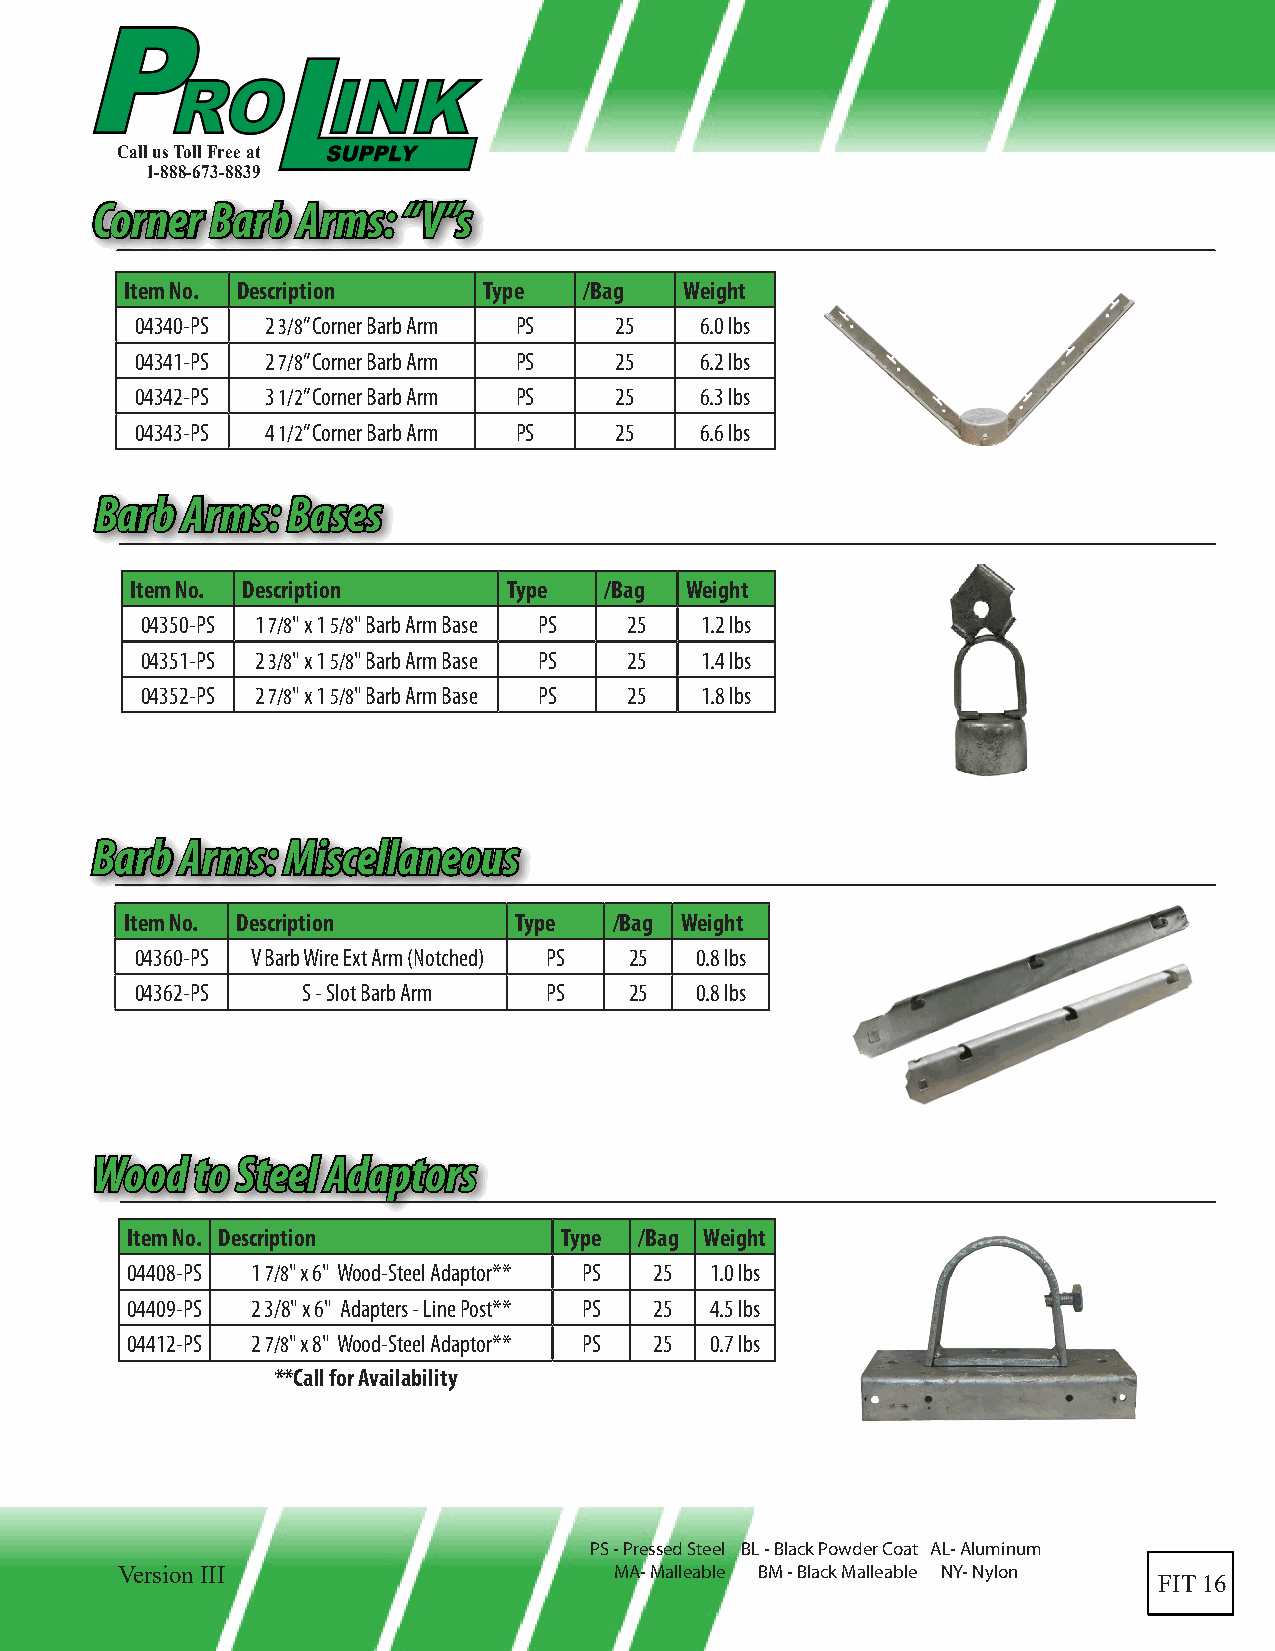
Call us Toll Free at
 1-888-673-8839
 CCoorrnneerr BBaarrbb AArrmmss:: ““VV””ss
 Item No. Description    Type   /Bag  Weight
 04340-PS 2 3/8” Corner Barb Arm PS 25 6.0 lbs
 04341-PS 2 7/8” Corner Barb Arm PS 25 6.2 lbs
 04342-PS 3 1/2” Corner Barb Arm PS 25 6.3 lbs
 04343-PS 4 1/2” Corner Barb Arm PS 25 6.6 lbs
 BBaarrbb AArrmmss:: BBaasseess
 Item No. Description     Type  /Bag Weight
 04350-PS 1 7/8" x 1 5/8" Barb Arm Base PS 25 1.2 lbs
 04351-PS 2 3/8" x 1 5/8" Barb Arm Base PS 25 1.4 lbs
 04352-PS 2 7/8" x 1 5/8" Barb Arm Base PS 25 1.8 lbs
 BBaarrbb AArrmmss:: MMiisscceellllaanneeoouuss
 Item No. Description      Type   /Bag Weight
 04360-PS V Barb Wire Ext Arm (Notched) PS 25 0.8 lbs
 04362-PS   S - Slot Barb Arm PS  25  0.8 lbs
 WWoooodd ttoo SStteeeell AAddaappttoorrss
 Item No. Description         Type /Bag Weight
 04408-PS 1 7/8" x 6" Wood-Steel Adaptor** PS 25 1.0 lbs
 04409-PS 2 3/8" x 6" Adapters - Line Post** PS 25 4.5 lbs
 04412-PS 2 7/8" x 8" Wood-Steel Adaptor** PS 25 0.7 lbs
 **Call for Availability
 PS - Pressed Steel BL - Black Powder Coat AL- Aluminum
 Version III                      MA- Malleable BM - Black Malleable NY- Nylon
 FIT 16